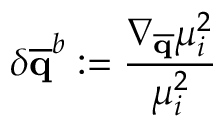
\delta { \mathbf { \overline { { q } } } } ^ { b } : = \frac { \nabla _ { \mathbf { \overline { { q } } } } \mu _ { i } ^ { 2 } } { \mu _ { i } ^ { 2 } }